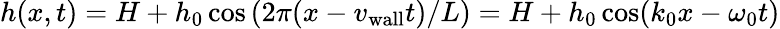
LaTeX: h(x,t)=H+h_{0}\cos\left(2\pi(x-{v_{\mathrm{wall}}}t)/L\right)=H+h_{0}\cos(k_{0}x-\omega_{0}t)